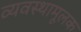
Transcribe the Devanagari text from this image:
व्यवस्थामूलक